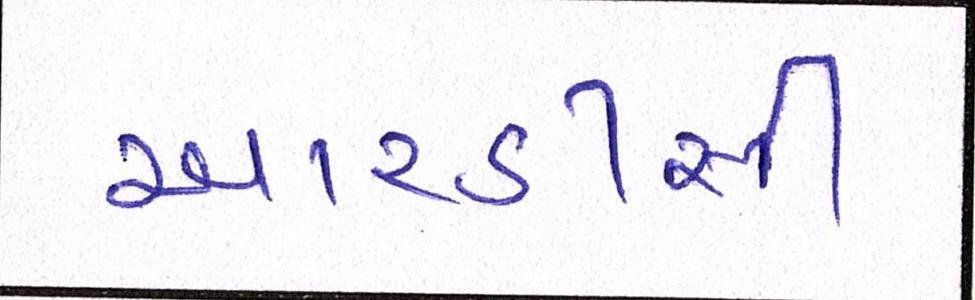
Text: આરડીસી